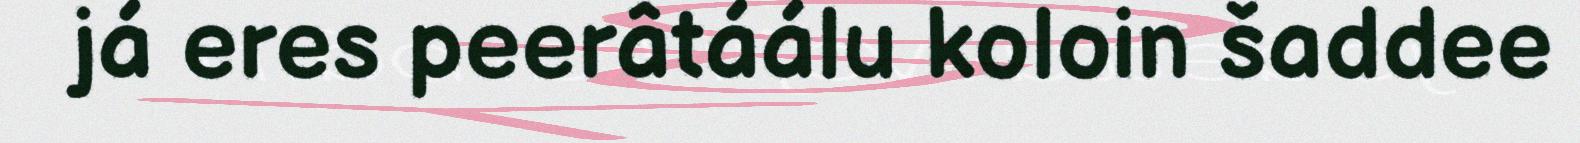
já eres peerâtáálu koloin šaddee